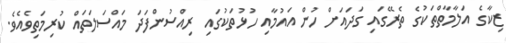
ޒިކާގެ އަލާމާތްތަކުގެ ތެރޭގައި ގަދައަށް ހުން އައުމާއި ހުޅުތަކުގައި ރިއްސުންފަދަ މައްސަލަތައް ކުރިމަތިވެއެވެ.